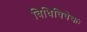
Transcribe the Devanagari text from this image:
विधिविवेकः